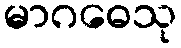
မာဂဓေသု